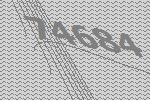
74684